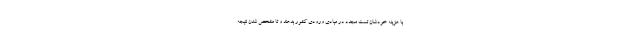
با هزینه خودشان تست مجدد در مبادی ورودی کشور بدهند و تا مشخص شدن نتیجه